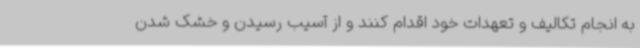
به انجام تکالیف و تعهدات خود اقدام کنند و از آسیب رسیدن و خشک شدن